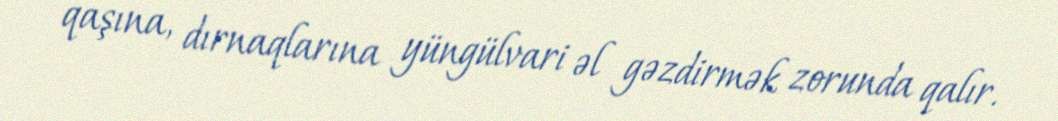
qaşına, dırnaqlarına yüngülvari əl gəzdirmək zorunda qalır.